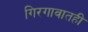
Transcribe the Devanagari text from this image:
गिरगावातही